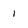
Character: 1